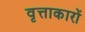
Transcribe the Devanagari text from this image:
वृत्ताकारों